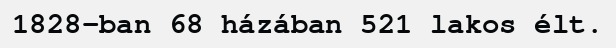
1828-ban 68 házában 521 lakos élt.